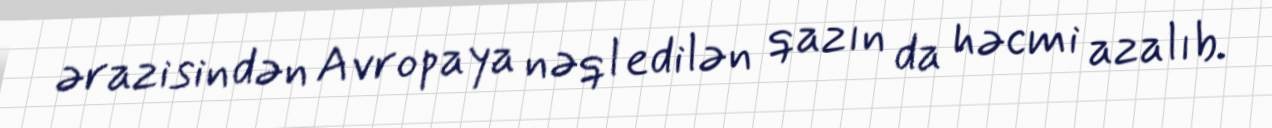
ərazisindən Avropaya nəql edilən qazın da həcmi azalıb.